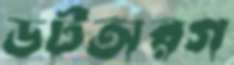
ডটঅরগ